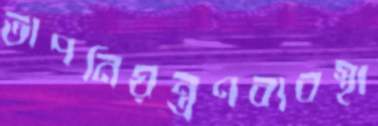
তাপনিয়ন্ত্রণব্যবস্থা